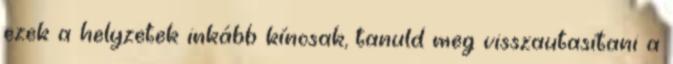
ezek a helyzetek inkább kínosak, tanuld meg visszautasítani a